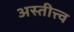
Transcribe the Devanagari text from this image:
अस्तीत्त्व